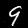
Digit: 9